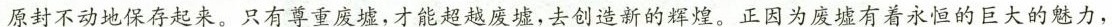
原封不动地保存起来。只有尊重废墟，才能超越废墟，去创造新的辉煌。正因为废墟有着永恒的巨大的魅力，